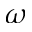
\omega